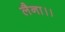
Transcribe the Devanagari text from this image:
लैना।।